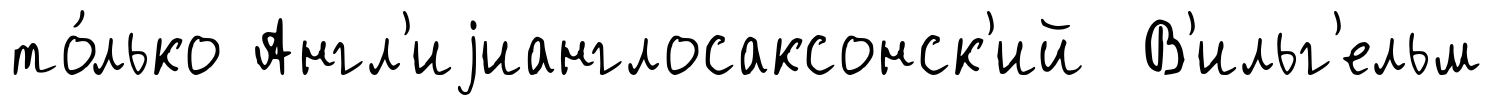
то́лько Англ'иjианглосаксонск'ий В'ильг'ельм